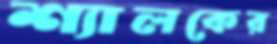
শ্যালকের